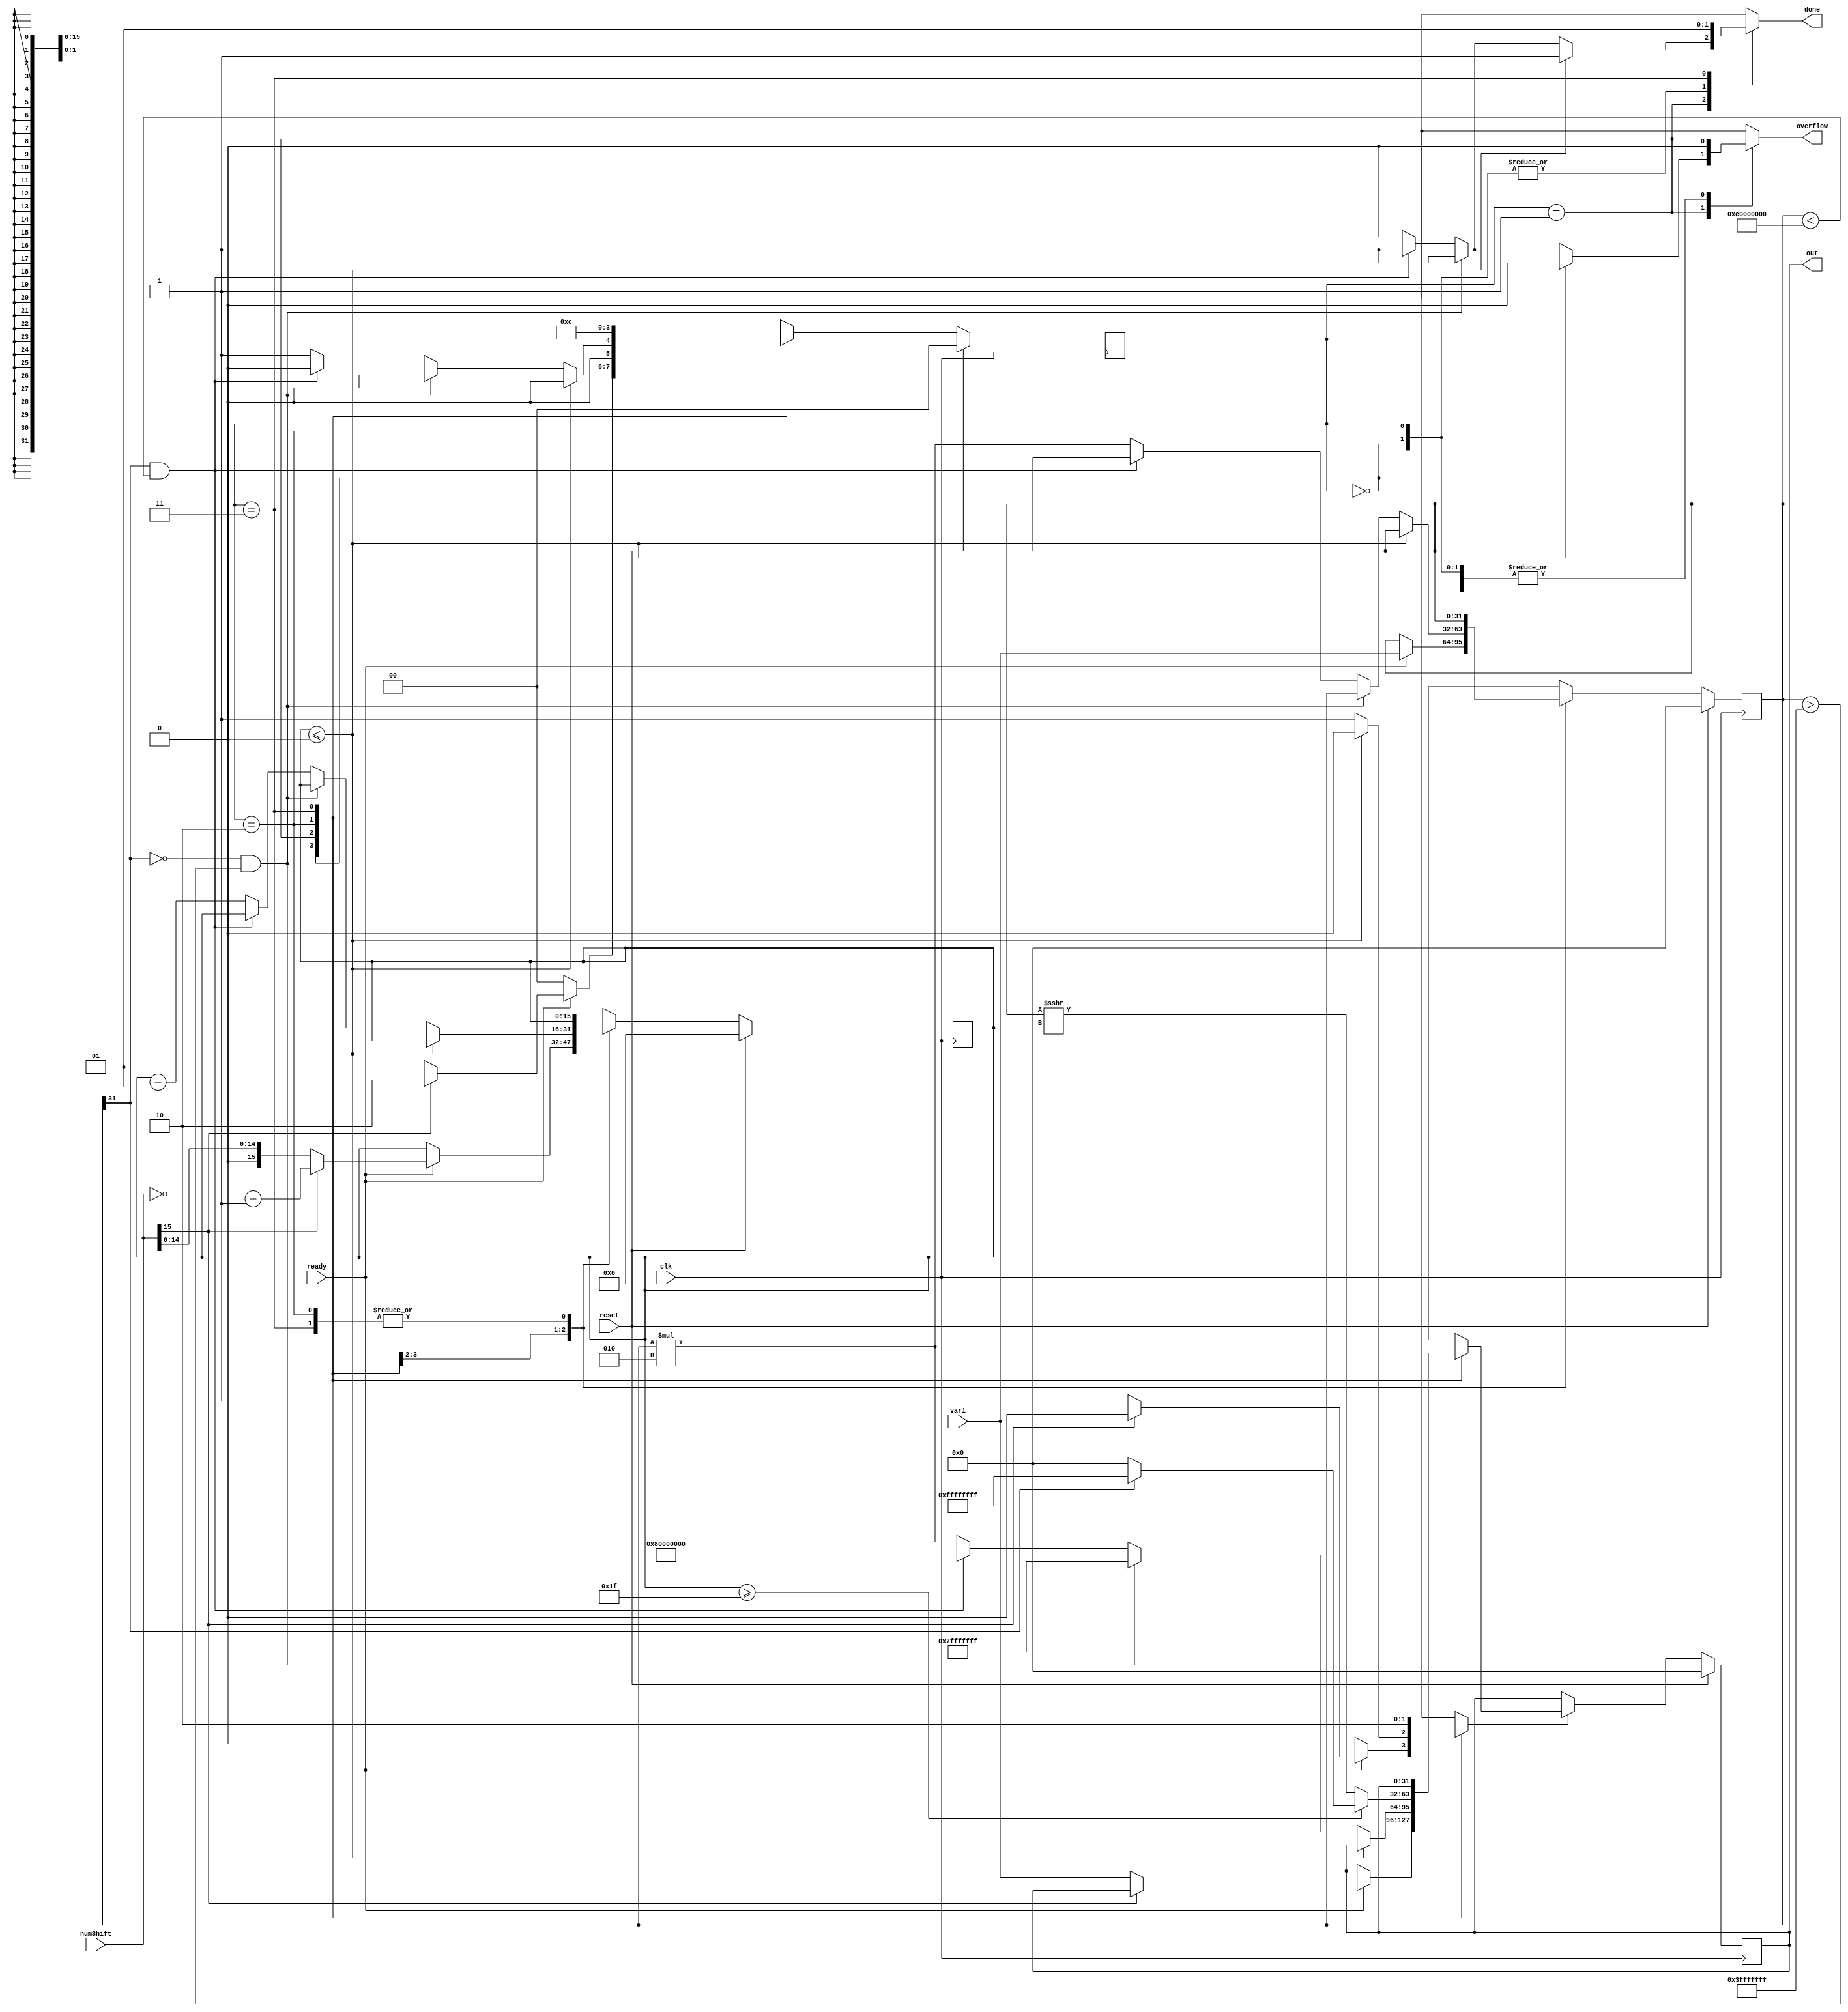
`timescale 1ns / 1ps
//////////////////////////////////////////////////////////////////////////////////
// Mississippi State University 
// ECE 4532-4542 Senior Design
// 
// Module Name:    L_shl.v
// Project Name: 	 ITU G.729 Hardware Implementation
// Target Devices: Virtex 5
// Tool versions:  Xilinx 9.2i
// Description: 	 This is a function that shifts var1 left by numShift and places the result in out. 
// 					 Results are only valid when done is true. If the there is overflow, overflow and done 
//						 will go high and the output will be set to the appropriate limit. If numShift is negative,
// 					 done will go high and the output will be set to 0xffff_ffff
// Dependencies: 	 
//
// Revision: 
// Revision 0.01 - File Created
// Additional Comments: 
//
//////////////////////////////////////////////////////////////////////////////////
module L_shl(clk,reset,ready,overflow,var1,numShift,done,out);

//Inputs
input clk, reset,ready;
input [31:0] var1; 
input [15:0] numShift;

//Outputs
output reg done; 
output [31:0] out;
output reg overflow;

//Internal regs & wires
reg [1:0] state,nextstate;
reg signed [15:0] numShiftReg,next_numShiftReg;
reg signed [31:0] var1reg,next_var1reg;
reg signed [31:0] out,nextout;
reg outld;
wire [15:0] negNumShift;

//State parameters
parameter INIT = 2'd0;
parameter S1 = 2'd1;
parameter S2 = 2'd2;
parameter S3 = 2'd3;

//Max and min parameters
parameter OUTPUT_MAX = 32'h7fff_ffff;
parameter OUTPUT_MIN = 32'h8000_0000;
parameter INPUT_MAX = 32'h3fff_ffff;
parameter INPUT_MIN = 32'hc000_0000;

assign negNumShift = (~numShift) + 16'd1; 

//Flip flops
always @(posedge clk) 
begin
	if(reset) 
		state <= INIT;
	else
		state <= nextstate;
end

always @(posedge clk) 
begin
	if(reset)
		numShiftReg <= 0;
	else
		numShiftReg <= next_numShiftReg;
end

always @(posedge clk) 
begin
	if(reset)
		var1reg <= 0;
	else
		var1reg <= next_var1reg;
end

always @(posedge clk) 
begin
	if(reset)
		out <= 0;
	else if(outld)
		out <= nextout;
end


always @(*) begin
	
	next_numShiftReg = numShiftReg;
	next_var1reg = var1reg;
	nextout = out;
	outld = 0;
	nextstate = state;
	overflow = 0;
	done = 0;
	
	case(state)
	INIT: begin
		
		if(ready == 0)
				nextstate = INIT;
		
		else if(ready == 1)begin//else 1
	
			if(numShift[15] == 1) begin
				next_numShiftReg = negNumShift;
				next_var1reg = var1;
				nextstate = S2;
			end
			
			else 	
			begin
				next_numShiftReg = numShift;
				next_var1reg = var1;
				outld = 1;
				nextout = var1;
				nextstate = S1;
			end
		end //end else1
	end //end INIT
		
	S1:	begin
		nextstate = S1;
		
		if(numShiftReg <= 0) begin			
			done = 1;
			nextstate = INIT;
		end
		
		else begin //else 1			
			
			if((var1reg[31] == 0) && (var1reg > INPUT_MAX)) begin
				done = 1;
				overflow = 1;
				nextout = OUTPUT_MAX;
				outld = 1;
				nextstate = INIT;
			end //end if
			
			else if((var1reg[31] == 1) && (var1reg < INPUT_MIN)) begin //else 2
				done = 1; 
				overflow = 1;
				nextout = OUTPUT_MIN;
				outld = 1;
				nextstate = INIT;
			end //end else 2
			 
			else begin//else 3 
				next_numShiftReg = numShiftReg - 1;
				next_var1reg = var1reg * 2;
				nextout = next_var1reg;
				outld = 1;
				nextstate = S1;
			end//else 3
			
		end //end else 1
	end	//end S1
	
	S2:
	begin
		if(numShiftReg >= 31) 
		begin//if2
			if(var1reg[31] == 1)
			begin
				nextout = -1;
				outld = 1;
				nextstate = S3;
			end
			else if(var1reg[31] == 0)
			begin
				nextout = 0;
				outld = 1;
				nextstate = S3;
			end
		end//if2			
		else
		begin
			nextout = var1reg >>> numShiftReg;
			outld = 1;
			nextstate = S3;
		end
	end//S2
	
	S3:
	begin
		done = 1;
		nextstate = INIT;
	end//S3
	
endcase

end//always block

endmodule